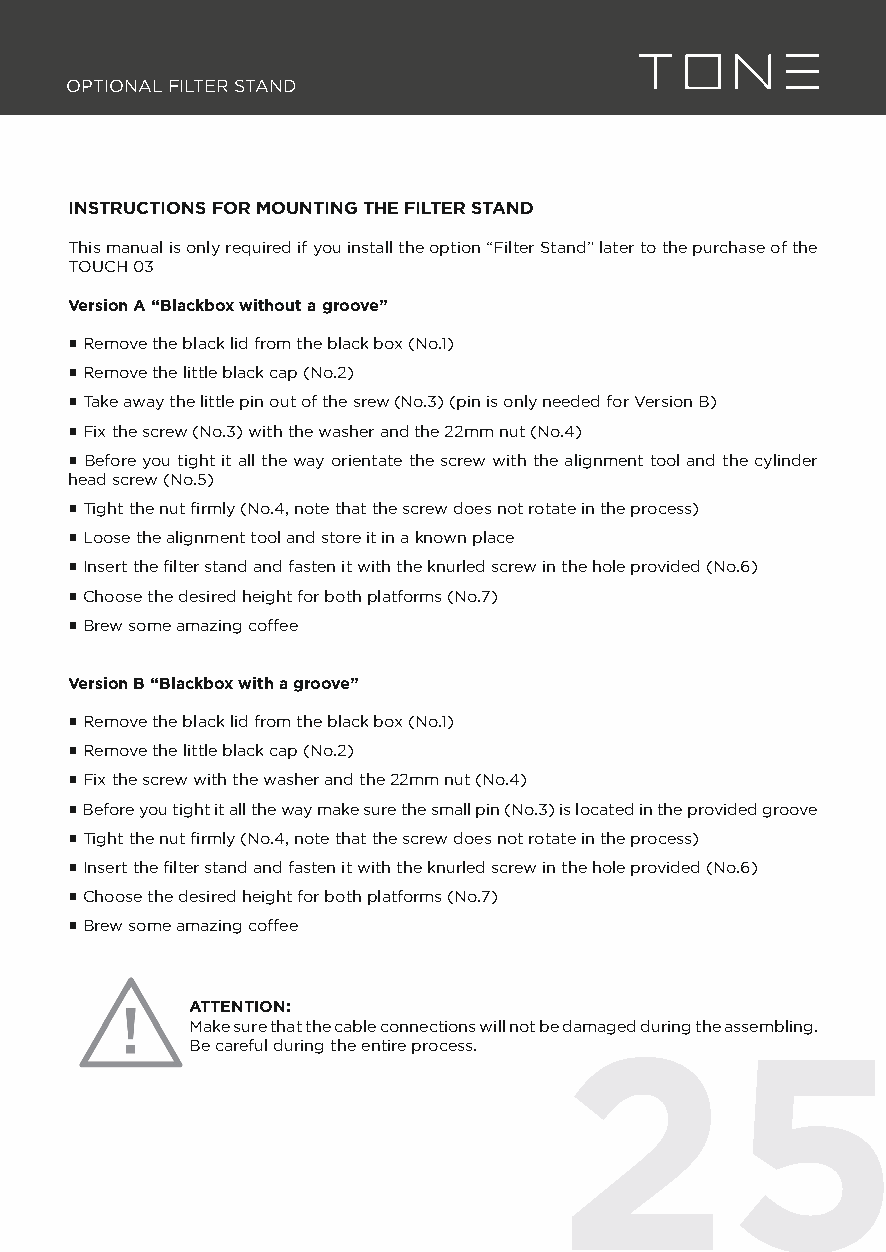
OPTIONAL FILTER STAND
 INSTRUCTIONS FOR MOUNTING THE FILTER STAND
 This manual is only required if you install the option “Filter Stand” later to the purchase of the
 TOUCH 03
 Version A “Blackbox without a groove”
 ▪ Remove the black lid from the black box (No.1)
 ▪ Remove the little black cap (No.2)
 ▪ Take away the little pin out of the srew (No.3) (pin is only needed for Version B)
 ▪ Fix the screw (No.3) with the washer and the 22mm nut (No.4)
 ▪ Before you tight it all the way orientate the screw with the alignment tool and the cylinder
 head screw (No.5)
 ▪ Tight the nut fi rmly (No.4, note that the screw does not rotate in the process)
 ▪ Loose the alignment tool and store it in a known place
 ▪ Insert the fi lter stand and fasten it with the knurled screw in the hole provided (No.6)
 ▪ Choose the desired height for both platforms (No.7)
 ▪ Brew some amazing coffee
 Version B “Blackbox with a groove”
 ▪ Remove the black lid from the black box (No.1)
 ▪ Remove the little black cap (No.2)
 ▪ Fix the screw with the washer and the 22mm nut (No.4)
 ▪ Before you tight it all the way make sure the small pin (No.3) is located in the provided groove
 ▪ Tight the nut fi rmly (No.4, note that the screw does not rotate in the process)
 ▪ Insert the fi lter stand and fasten it with the knurled screw in the hole provided (No.6)
 ▪ Choose the desired height for both platforms (No.7)
 ▪ Brew some amazing coffee
 ATTENTION:
 Make sure that the cable connections will not be damaged during the assembling.
 25
 Be careful during the entire process.